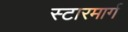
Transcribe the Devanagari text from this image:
स्टारमार्ग